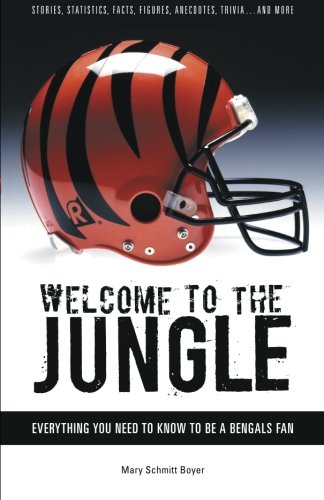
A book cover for Welcome to the Jungle: Everything You Need to Know to Be a Bengals Fan; Mary Schmitt Boyer; Travel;